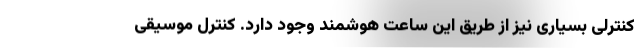
کنترلی بسیاری نیز از طریق این ساعت هوشمند وجود دارد. کنترل موسیقی